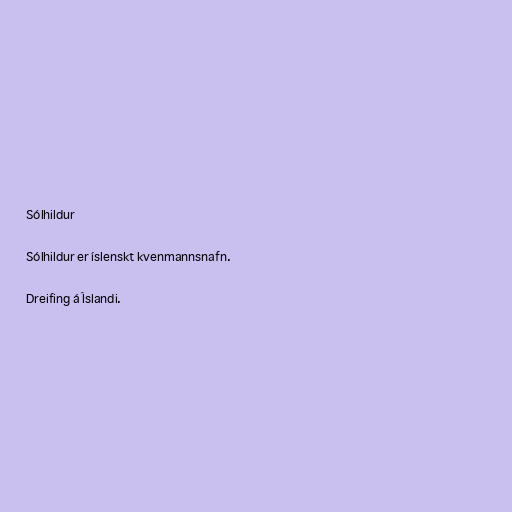
Sólhildur

Sólhildur er íslenskt kvenmannsnafn.

Dreifing á Íslandi.